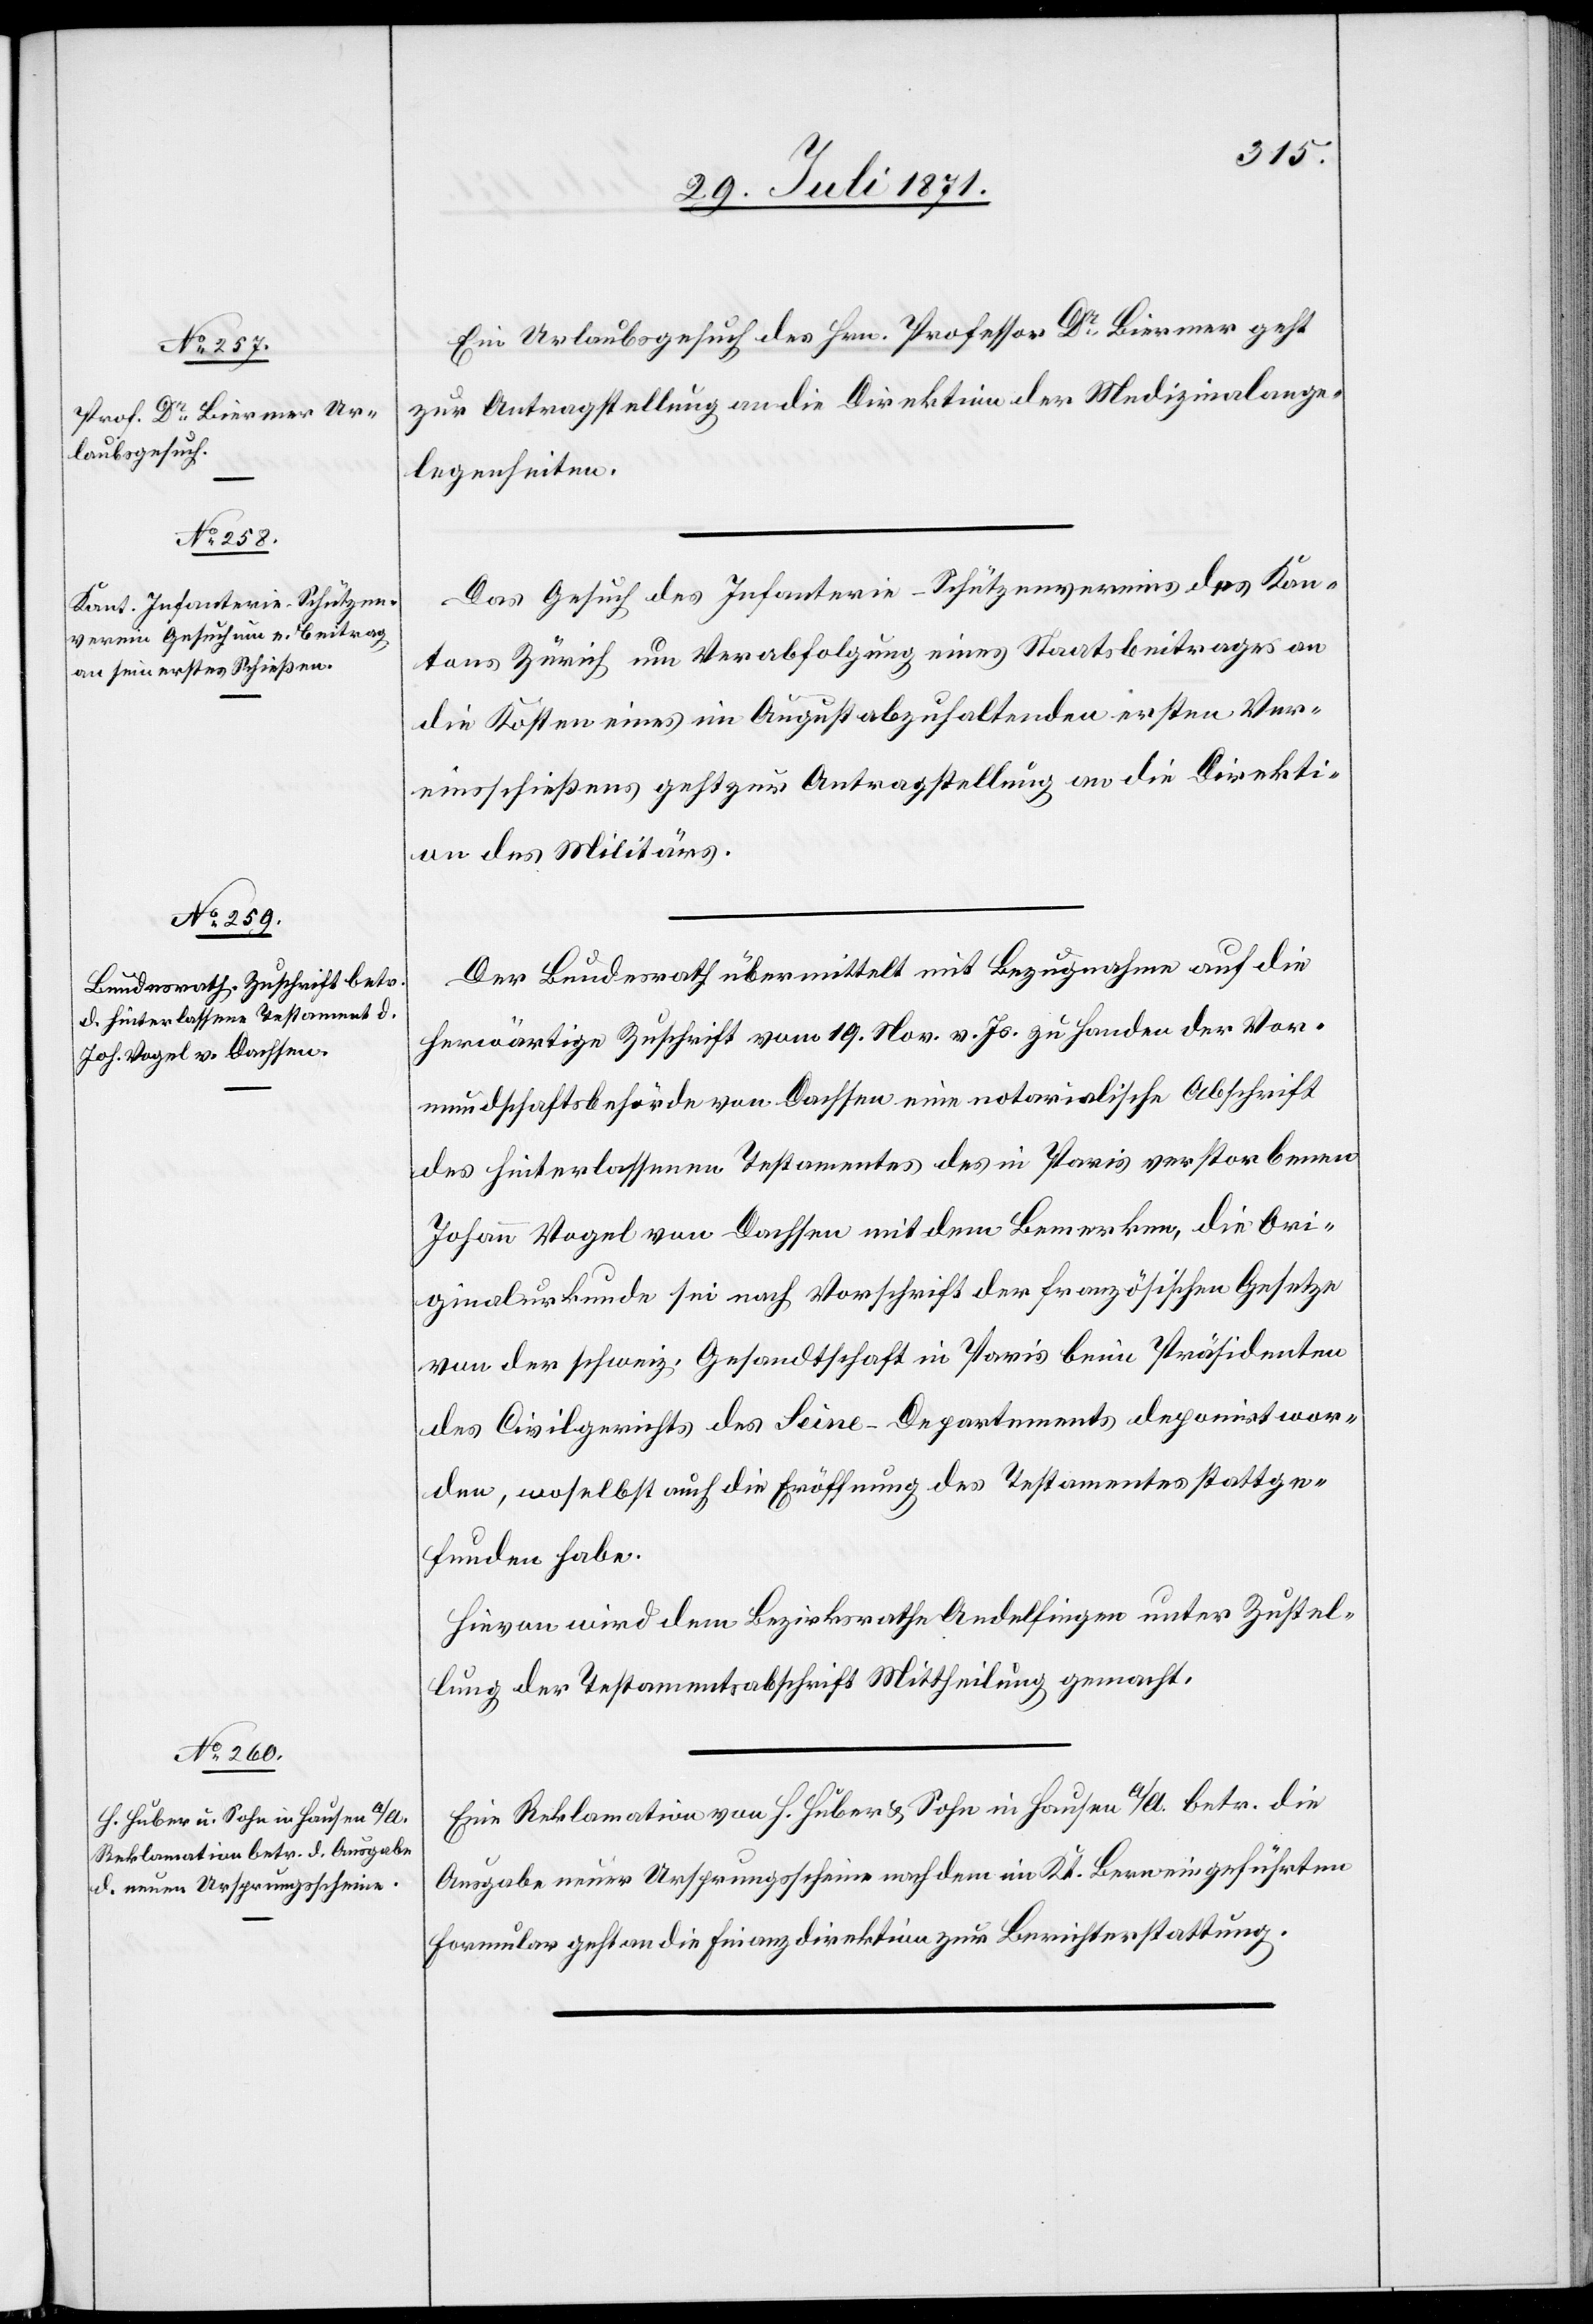
29. Juli 1871.]
Ein Urlaubsgesuch des Hrn. Professor Dr. Biermer geht
zur Antragstellung an die Direktion der Medizinalange¬
legenheiten.
Das Gesuch des Infanterie-Schützenvereins des Kan¬
tons Zürich um Verabfolgung eines Staatsbeitrages an
die Kosten eines im August abzuhaltenden ersten Ver¬
einsscheißens geht zur Antragstellung an die Direkti¬
on des Militärs.
Der Bundesrath übermittelt mit Bezugnahme auf die
herwärtige Zuschrift vom 19. Nov. v. Js. zu Handen der Vor¬
mundschaftsbehörde von Dachsen eine notarialische Abschrift
des hinterlassenen Testamentes des in Paris verstorbenen
Johann Vogel von Dachsen mit dem Bemerken, die Ori¬
ginalurkunde sei nach Vorschrift der französischen Gesetze
von der schweiz. Gesandtschaft in Paris beim Präsidenten
des Civilgerichts des Seine-Departements deponirt wor¬
den, woselbst auch die Eröffnung des Testamentes stattge¬
funden habe.
Hievon wird dem Bezirksrathe Andelfingen unter Zustel¬
lung der Testamentsabschrift Mittheilung gemacht.
Eine Reklamation von H. Huber u. Sohn in Hausen a/A. betr. die
Ausgabe neuer Ursprungsscheine nach dem im Kt. Bern eingeführten
Formular geht an die Finanzdirektion zur Berichterstattung.